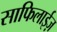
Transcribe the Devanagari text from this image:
साफिलाईज़